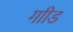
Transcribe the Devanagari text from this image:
गाीड